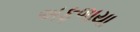
અફળાયા